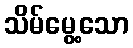
သိမ်မွေ့သော